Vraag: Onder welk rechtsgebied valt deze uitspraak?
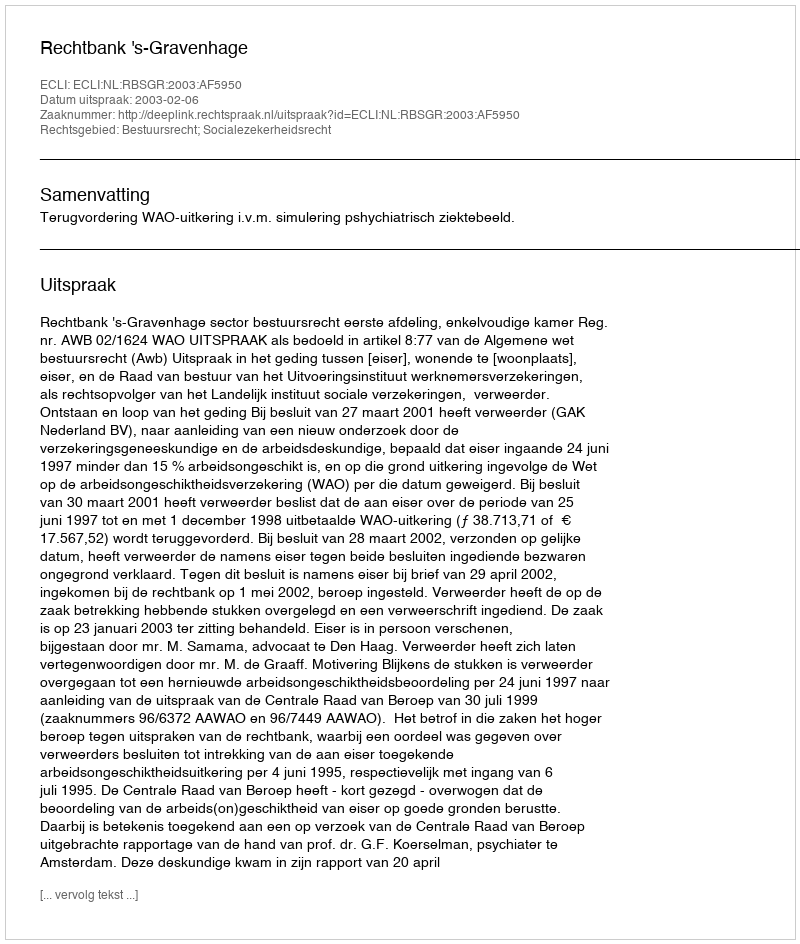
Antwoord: Bestuursrecht; Socialezekerheidsrecht